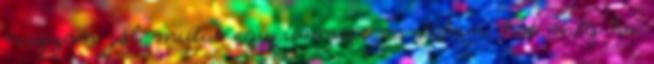
nagyon jól mutat egy ünnepi asztalon, hát még ha